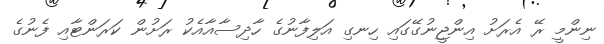
ނިންމީ ރޭ އެރަށު އިންޖީނުގޭގައި ހިނގި އަލިފާނުގެ ހާދިސާއާއެކު ރަށުން ކަރަންޓާއި ފެނުގެ